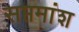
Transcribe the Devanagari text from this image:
सप्तमांश